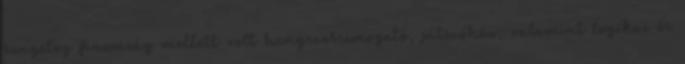
rengeteg finomság mellett volt hangszersimogató, játszóház, valamint logikai és